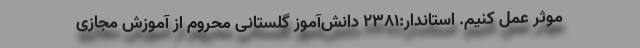
موثر عمل کنیم. استاندار:۲۳۸۱ دانش‌آموز گلستانی محروم از آموزش مجازی